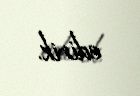
edirik.